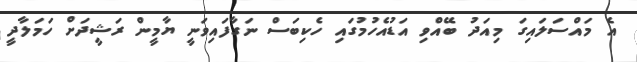
އެ މައްސަލައިގަ މިއަދު ބޭއްވި އަޑުއެހުމުގައި ހެކިބަސް ނަގާފައިވަނީ ޔާމީން ރަޝީދަށް ހަމަލާދީ